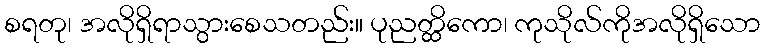
စရတု၊ အလိုရှိရာသွားစေသတည်း။ ပုညတ္ထိကော၊ ကုသိုလ်ကိုအလိုရှိသော